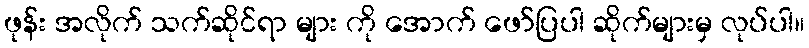
ဖုန်း အလိုက် သက်ဆိုင်ရာ များ ကို အောက် ဖော်ပြပါ ဆိုက်များမှ လုပ်ပါ။